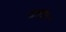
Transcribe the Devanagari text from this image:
शलोट